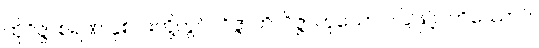
ထိုဝိဇ္ဇာစရဏ နှစ်ပါးတို့တွင်။ ဝိဇ္ဇာတိ၊ ဝိဇ္ဇာဟူသော ပါဌ်ဖြင့်။ တိဿောပိ၊